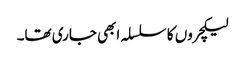
لیکچروں کا سلسلہ ابھی جاری تھا۔